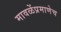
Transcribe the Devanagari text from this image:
मावळेंप्रमाणेच